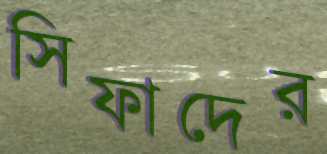
সিফাদের